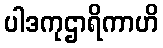
ပါဒကုဌာရိကာဟိ